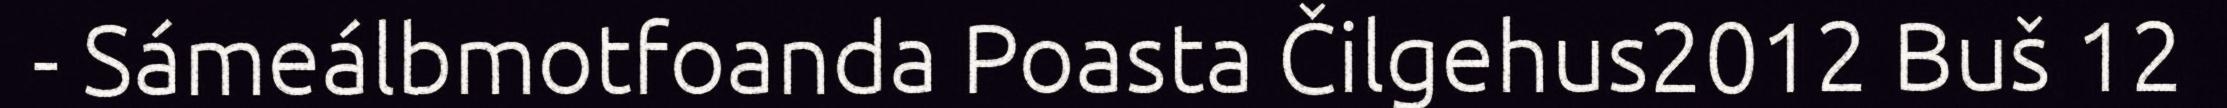
- Sámeálbmotfoanda Poasta Čilgehus2012 Buš 12